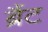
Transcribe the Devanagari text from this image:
ब्रैंट